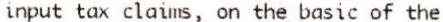
INPUT TAX CLAIMS, ON THE BASIC OF THE